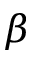
\beta